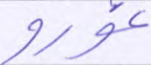
غورو